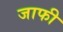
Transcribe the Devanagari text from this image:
जाफी